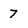
Character: 7